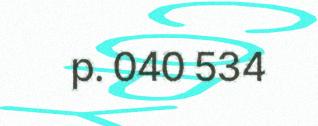
p. 040 534